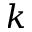
k